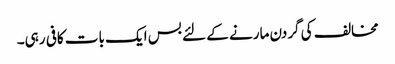
مخالف کی گردن مارنے کے لئے بس ایک بات کافی رہی۔